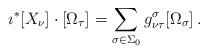
LaTeX: \begin{align*} \imath^* [X_\nu] \cdot [\Omega_\tau] = \sum_{\sigma \in \Sigma_0} g_{\nu\tau}^\sigma [\Omega_\sigma]\,.\end{align*}